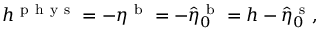
h ^ { \mathrm { ~ p ~ h ~ y ~ s ~ } } = - \eta ^ { \mathrm { ~ b ~ } } = - \hat { \eta } _ { \boldsymbol 0 } ^ { \mathrm { ~ b ~ } } = h - \hat { \eta } _ { \boldsymbol 0 } ^ { \mathrm { ~ s ~ } } ,